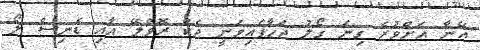
އޭނާ އަށްވުރެ ގިނަ ގޯލު ޖަހާފައިވަނީ ޖެކް ރޮވްލޭ އާއި ޑެނިސް ލޯ